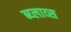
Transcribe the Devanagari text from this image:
ब्य्लाव्स